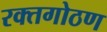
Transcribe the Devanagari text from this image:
रक्तगोठण